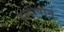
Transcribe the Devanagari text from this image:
दादीवान